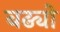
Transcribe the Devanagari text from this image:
बढ्यो